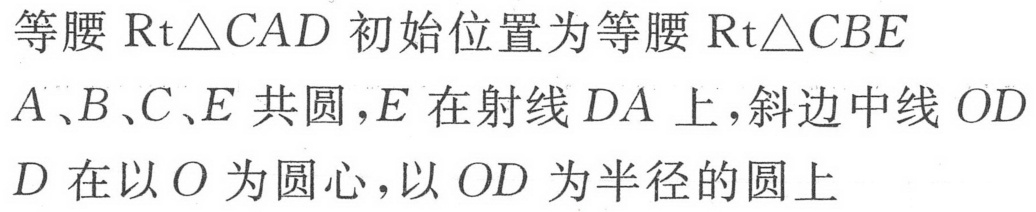
等腰 $\mathrm{Rt}\triangle CAD$ 初始位置为等腰 $\mathrm{Rt}\triangle CBE$
$A、B、C、E$ 共圆，$E$ 在射线 $DA$ 上，斜边中线 $OD$
$D$ 在以 $O$ 为圆心，以 $OD$ 为半径的圆上